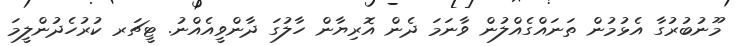
މޫނުބުރުގާ އެޅުމުން ތަނައްގެއްލުން ވާނަމަ ދެން އޮރިޔާން ހާލުގަ ދާންވީއެއްނު. ޓީޗަރ ކުރުހެދުންލީމަ